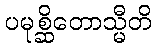
ပမုစ္ဆိတောသ္မီတိ